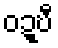
ဝဍ္ဎီ